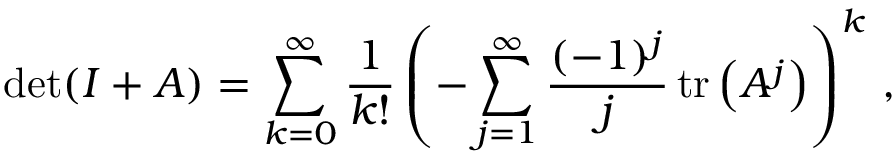
\operatorname* { d e t } ( I + A ) = \sum _ { k = 0 } ^ { \infty } { \frac { 1 } { k ! } } \left( - \sum _ { j = 1 } ^ { \infty } { \frac { ( - 1 ) ^ { j } } { j } } \operatorname { t r } \left( A ^ { j } \right) \right) ^ { k } \, ,